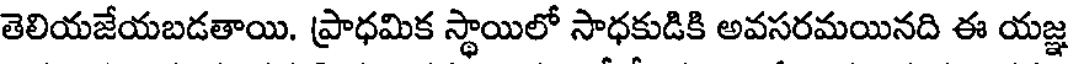
తెలియజేయబడతాయి. ప్రాధమిక స్థాయిలో సాధకుడికి అవసరమయినది ఈ యజ్ఞ